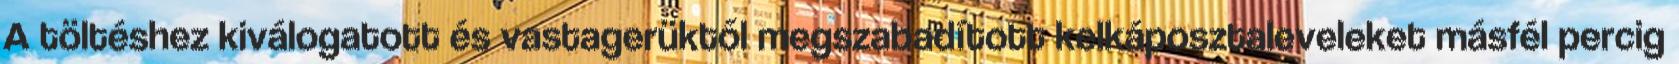
A töltéshez kiválogatott és vastagerüktől megszabadított kelkáposztaleveleket másfél percig